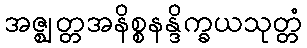
အဇ္ဈတ္တအနိစ္စနန္ဒိက္ခယသုတ္တံ